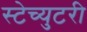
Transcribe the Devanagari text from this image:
स्टेच्युटरी